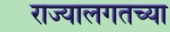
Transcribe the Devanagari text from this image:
राज्यालगतच्या